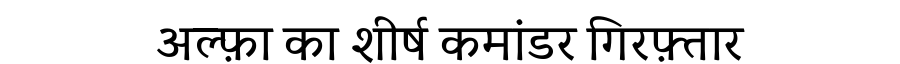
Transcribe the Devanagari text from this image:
अल्फ़ा का शीर्ष कमांडर गिरफ़्तार